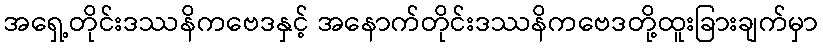
အရှေ့တိုင်းဒဿနိကဗေဒနှင့် အနောက်တိုင်းဒဿနိကဗေဒတို့ထူးခြားချက်မှာ